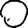
Digit: 0